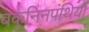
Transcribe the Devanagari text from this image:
बकूनिनपंथियों